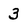
Character: 3